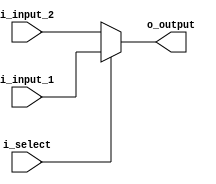
module Mux2to1 #(
    parameter DATA_W = 64
)(
    input  i_select,
    input  [ DATA_W - 1 : 0 ] i_input_1,
    input  [ DATA_W - 1 : 0 ] i_input_2,
    output [ DATA_W - 1 : 0 ] o_output
);

assign o_output = i_select ? i_input_1 : i_input_2;

endmodule